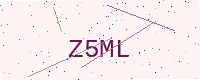
Text: Z5ML